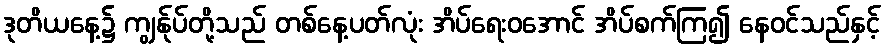
ဒုတိယနေ့၌ ကျွန်ုပ်တို့သည် တစ်နေ့ပတ်လုံး အိပ်ရေးဝအောင် အိပ်စက်ကြ၍ နေဝင်သည်နှင့်